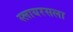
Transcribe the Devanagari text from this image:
स्लायरसला